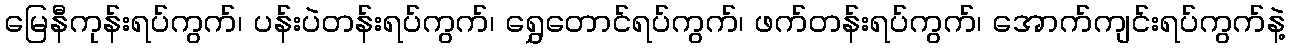
မြေနီကုန်းရပ်ကွက်၊ ပန်းပဲတန်းရပ်ကွက်၊ ရွှေတောင်ရပ်ကွက်၊ ဖက်တန်းရပ်ကွက်၊ အောက်ကျင်းရပ်ကွက်နဲ့